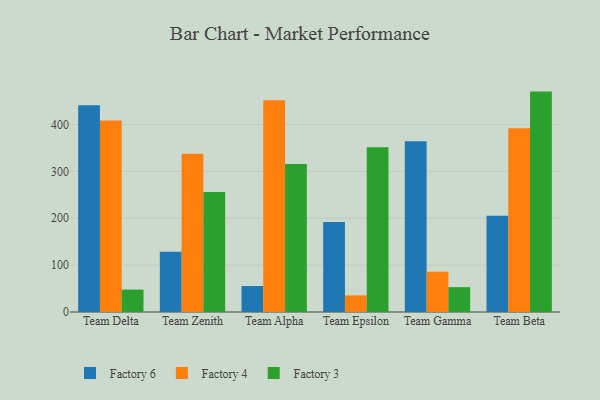
{"axis": {"x": "Team", "y": "Net Income (USD K)"}, "legend": ["Factory 3", "Factory 4", "Factory 6"], "data": [{"x": "Team Delta", "y": 441.0, "type": "Factory 6"}, {"x": "Team Delta", "y": 408.5, "type": "Factory 4"}, {"x": "Team Delta", "y": 47.8, "type": "Factory 3"}, {"x": "Team Zenith", "y": 128.7, "type": "Factory 6"}, {"x": "Team Zenith", "y": 337.6, "type": "Factory 4"}, {"x": "Team Zenith", "y": 256.0, "type": "Factory 3"}, {"x": "Team Alpha", "y": 55.4, "type": "Factory 6"}, {"x": "Team Alpha", "y": 451.5, "type": "Factory 4"}, {"x": "Team Alpha", "y": 315.7, "type": "Factory 3"}, {"x": "Team Epsilon", "y": 192.1, "type": "Factory 6"}, {"x": "Team Epsilon", "y": 35.4, "type": "Factory 4"}, {"x": "Team Epsilon", "y": 351.2, "type": "Factory 3"}, {"x": "Team Gamma", "y": 364.0, "type": "Factory 6"}, {"x": "Team Gamma", "y": 86.0, "type": "Factory 4"}, {"x": "Team Gamma", "y": 53.0, "type": "Factory 3"}, {"x": "Team Beta", "y": 205.5, "type": "Factory 6"}, {"x": "Team Beta", "y": 391.8, "type": "Factory 4"}, {"x": "Team Beta", "y": 470.1, "type": "Factory 3"}]}